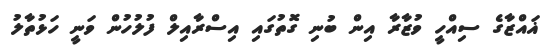
ޣައްޒާގެ ސިއްހީ ވުޒާރާ އިން ބުނި ގޮތުގައި އިސްރާއިލް ފުލުހުން ވަނީ ހަޅުތާލު